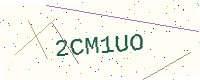
Text: 2CM1UO